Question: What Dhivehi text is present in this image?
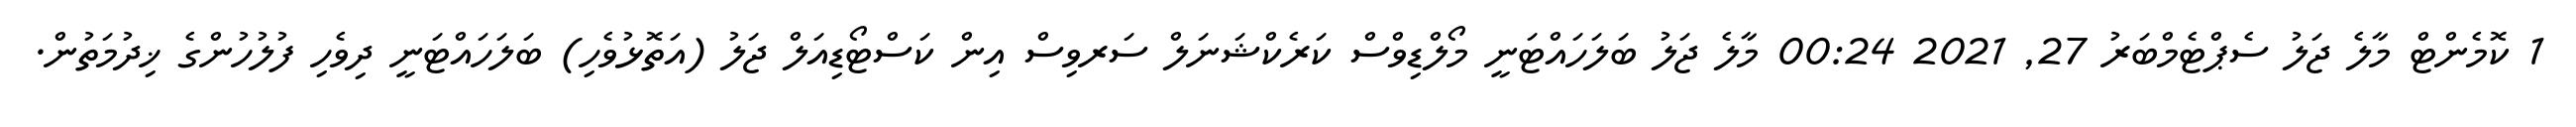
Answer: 1 ކޮމެންޓް މާލެ ޖަލު ސެޕްޓެމްބަރު 27, 2021 00:24 މާލެ ޖަލު ބަލަހައްޓަނީ މޯލްޑިވްސް ކަރެކްޝަނަލް ސަރވިސް އިން ކަސްޓޯޑިއަލް ޖަލު (އަތޮޅުވެހި) ބަލަހައްޓަނީ ދިވެހި ފުލުހުންގެ ޚިދުމަތުން.